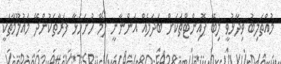
މުއްތަލިބު ވިދާޅުވީ ލިބޭ ޕޮއިންޓްތަކަށް ބަދަލެއް އަންނާނީ ފޯމް ހުށަހަޅާ ފަރާތަކުންދޭ މައުލޫމާތަކީ